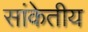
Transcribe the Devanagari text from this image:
सांकेतीय